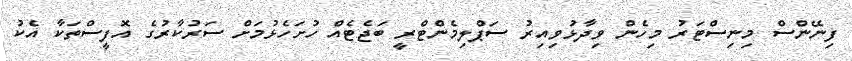
ފިނޭންސް މިނިސްޓަރު މިހެން ވިދާޅުވިއިރު ސަޕްލިމެންޓްރީ ބަޖެޓެއް ހުށަހެޅުމަށް ސަރުކާރުގެ އޮފީސްތަކާ އެކު